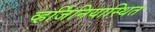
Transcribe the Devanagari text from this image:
व्हर्जिनियास्थित